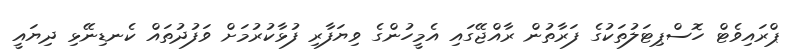
ޕްރައިވެޓް ހޮސްޕިޓަލުތަކުގެ ފަރާތުން ރާއްޖޭގައި އެމީހުންގެ ވިޔަފާރި ފުޅާކުރުމަށް ވަފުދުތައް ކެނޑިނޭޅި ދިޔައީ